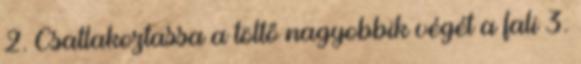
2. Csatlakoztassa a töltő nagyobbik végét a fali 3.